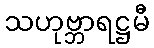
သဟုဗ္ဘာရဋ္ဌမီ